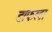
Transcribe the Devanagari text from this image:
डाफला